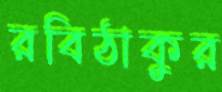
রবিঠাকুর